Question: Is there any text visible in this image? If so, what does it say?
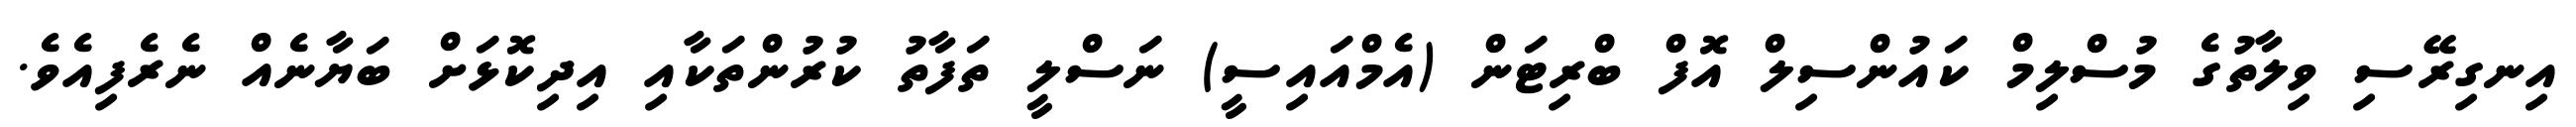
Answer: އިނގިރޭސި ވިލާތުގެ މުސްލިމް ކައުންސިލް އޮފް ބްރިޓަން (އެމްއައިސީ) ނަސްލީ ތަފާތު ކުރުންތަކާއި އިދިކޮޅަށް ބަޔާނެއް ނެރެފިއެވެ.